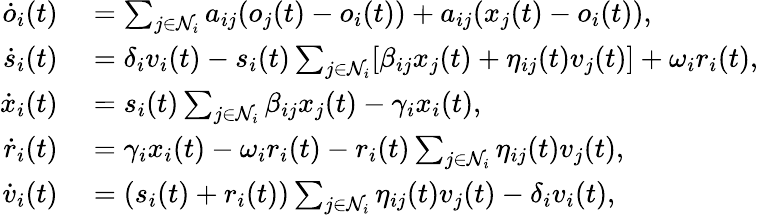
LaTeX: \begin{array}{rl}{\dot{o}_{i}(t)}&{{}=\sum_{j\in\mathcal{N}_{i}}a_{ij}(o_{j}(t)-o_{i}(t))+a_{ij}(x_{j}(t)-o_{i}(t)),}\\ {\dot{s}_{i}(t)}&{{}=\delta_{i}v_{i}(t)-s_{i}(t)\sum_{j\in\mathcal{N}_{i}}[\beta_{ij}x_{j}(t)+\eta_{ij}(t)v_{j}(t)]+\omega_{i}r_{i}(t),}\\ {\dot{x}_{i}(t)}&{{}=s_{i}(t)\sum_{j\in\mathcal{N}_{i}}\beta_{ij}x_{j}(t)-\gamma_{i}x_{i}(t),}\\ {\dot{r}_{i}(t)}&{{}=\gamma_{i}x_{i}(t)-\omega_{i}r_{i}(t)-r_{i}(t)\sum_{j\in\mathcal{N}_{i}}\eta_{ij}(t)v_{j}(t),}\\ {\dot{v}_{i}(t)}&{{}=(s_{i}(t)+r_{i}(t))\sum_{j\in\mathcal{N}_{i}}\eta_{ij}(t)v_{j}(t)-\delta_{i}v_{i}(t),}\end{array}